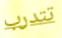
تتدرب